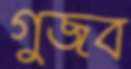
গুজব